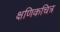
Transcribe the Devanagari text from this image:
क्षणिकचित्र